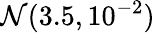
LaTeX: {\cal N}(3.5,10^{-2})